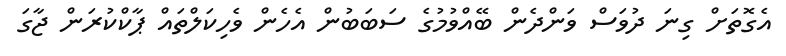
އެގޮތަށް ގިނަ ދުވަސް ވަންދެން ބޭއްވުމުގެ ސަބަބުން އެހެން ވެހިކަލްތައް ޕާކްކުރަން ޖާގަ